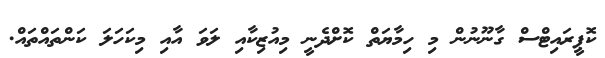
ކޮޕީރައިޓްސް ގާނޫނުން މި ހިމާޔަތް ކޮށްދެނީ މިއުޒިކާއި ލަވަ އާއި މިކަހަލަ ކަންތައްތައް.